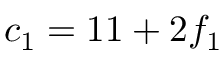
c _ { 1 } = 1 1 + 2 f _ { 1 }